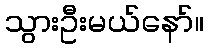
သွားဦးမယ်နော်။